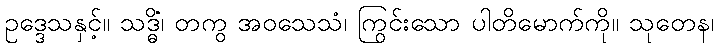
ဥဒ္ဒေသနှင့်။ သဒ္ဓိံ၊ တကွ အဝသေသံ၊ ကြွင်းသော ပါတိမောက်ကို။ သုတေန၊